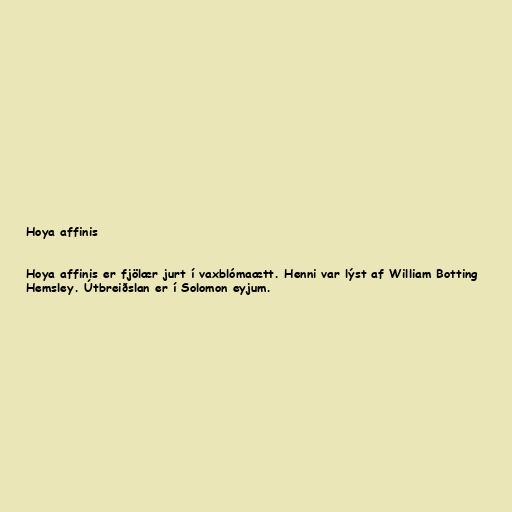
Hoya affinis

Hoya affinis er fjölær jurt í vaxblómaætt. Henni var lýst af William Botting
Hemsley. Útbreiðslan er í Solomon eyjum.